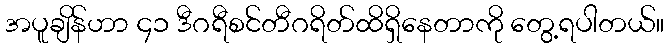
အပူချိန်ဟာ ၄၁ ဒီဂရီစင်တီဂရိတ်ထိရှိနေတာကို တွေ့ရပါတယ်။